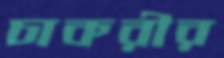
চাকরীর